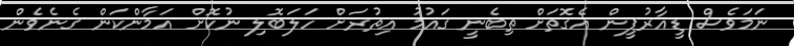
ނަމަވެސް ޑީއާރުޕީން އެގޮތަށް ތިބެނީ ގައުމު އިތުރަށް ހަލަބޮލި ނުކޮށް އަމާންކަން ގެނެވެން